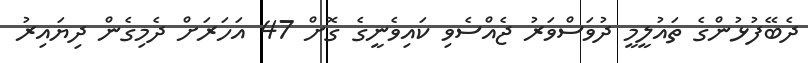
ދެބޭފުޅުންގެ ތައުލީމީ ދުވަސްވަރު ޖެއްސެވި ކައިވެނީގެ ގޮށް 47 އަހަރަށް ދެމިގެން ދިޔައިރު